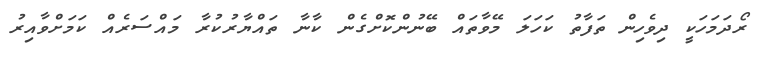
ރޯދަމަހަކީ ދިވެހިން ތަފާތު ކަހަލަ މޭވާތައް ބޭނުންކޮށްގެން ކާނާ ތައްޔާރުކުރާ މައްސަރެއް ކަމަށްވާއިރު